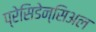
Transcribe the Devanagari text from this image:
प्रेसिडेन्सिअल